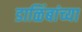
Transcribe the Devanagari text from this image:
डाळिंबांच्या